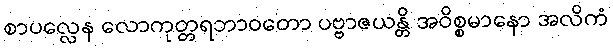
စာပလ္လေန လောကုတ္တရဘာဝတော ပဗ္ဗာဇယန္တိ အဝိစ္စမာနော အလိကံ